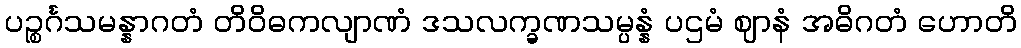
ပဉ္စင်္ဂသမန္နာဂတံ တိဝိဓကလျာဏံ ဒသလက္ခဏသမ္ပန္နံ ပဌမံ ဈာနံ အဓိဂတံ ဟောတိ